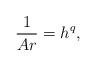
LaTeX: \begin{align*}\frac{1}{Ar} = h^q,\end{align*}